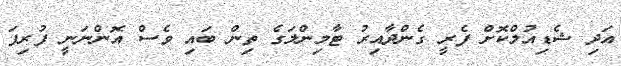
އަދި ޝެޑިއުލްކޮށް ފެރީ ގެންދާއިރު ޓާމިންލަގެ ތިން ބައި ވެސް އޮންނަނީ ފުރިފަ